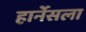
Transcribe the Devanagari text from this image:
हार्नेसला